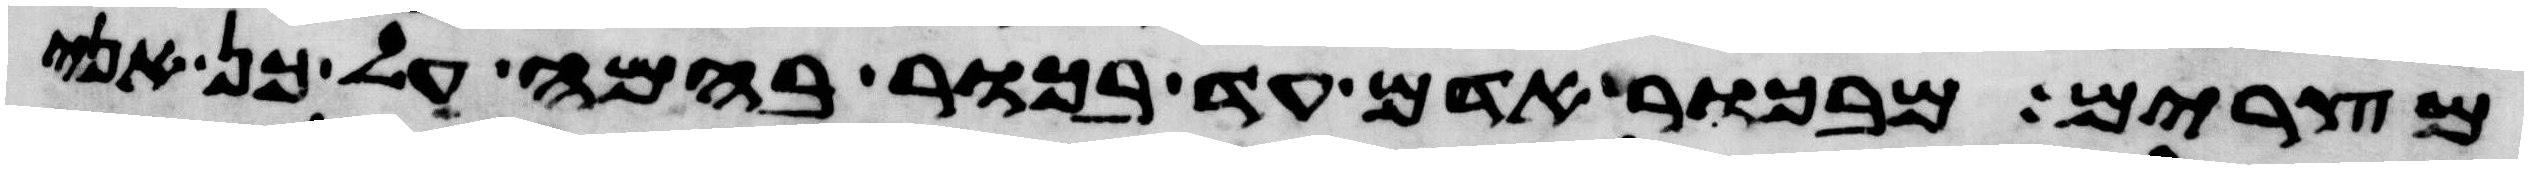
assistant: מצרים מבכור אדם עד בכור בהמה על כן אני